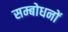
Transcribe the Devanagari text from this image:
सम्बोधनों